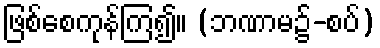
ဖြစ်စေကုန်ကြ၍။ (ဘဏာမ၌-စပ်)